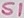
Text: S1